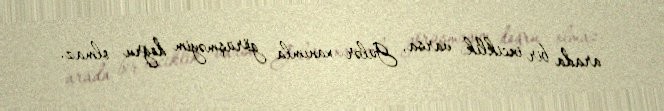
arada bir inciklik varsa, Gülər xanımla görüşməyim doğru olmaz.